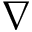
\nabla